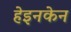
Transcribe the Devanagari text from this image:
हेइनकेन